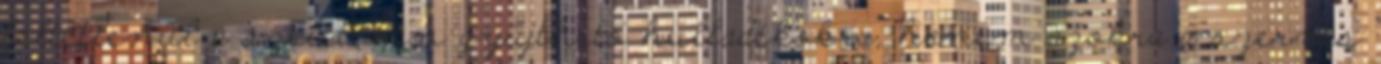
feltétlenül a szeletíven gyűjthető hulladékokra, hanem azokra a szerves